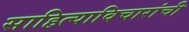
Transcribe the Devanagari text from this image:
साहित्याविचारांची